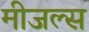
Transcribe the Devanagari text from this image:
मीजल्स